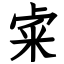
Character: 𥹄